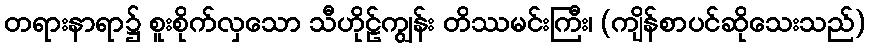
တရားနာရာ၌ စူးစိုက်လှသော သီဟိုဠ်ကျွန်း တိဿမင်းကြီး၊ (ကျိန်စာပင်ဆိုသေးသည်)